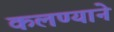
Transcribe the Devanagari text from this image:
कलण्याने